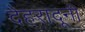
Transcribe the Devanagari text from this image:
देहरादूनी